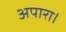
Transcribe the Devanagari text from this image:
अपारा।